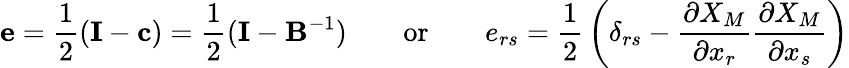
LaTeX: \mathbf{e}={\frac{1}{2}}(\mathbf{I}-\mathbf{c})={\frac{1}{2}}(\mathbf{I}-\mathbf{B}^{-1})\qquad{\mathrm{or}}\qquad e_{rs}={\frac{1}{2}}\left(\delta_{rs}-{\frac{\partial X_{M}}{\partial x_{r}}}{\frac{\partial X_{M}}{\partial x_{s}}}\right)